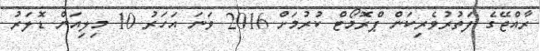
ރާއްޖޭގެ ފަތުރުވެރިކަން ޕްރޮމޯޓް ކުރުމަށް 2016 ވަނަ އަހަރު 10 މިިލިއަން ޑޮލަރު